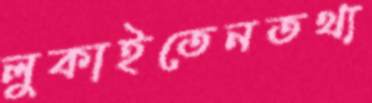
লুকাইতেনতথ্য